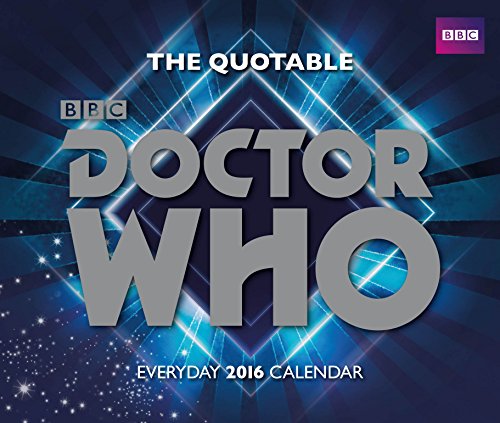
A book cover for The Official Doctor Who 2016 Desk Block Calendar; Calendars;